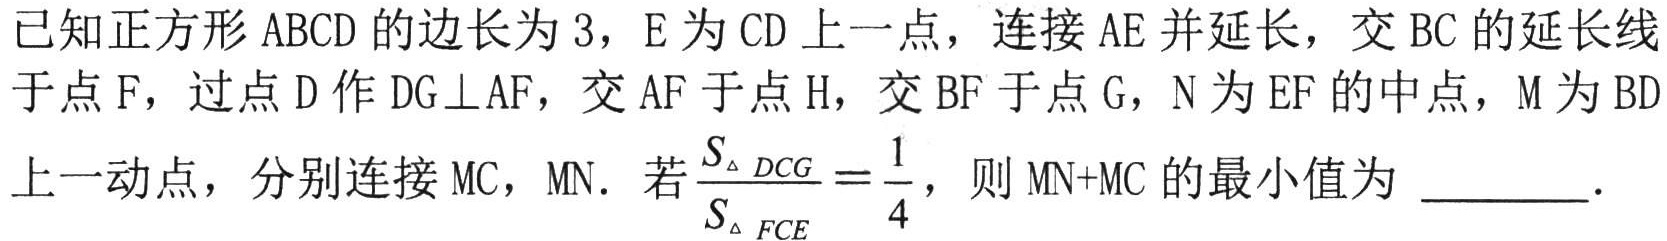
已知正方形 \(ABCD\) 的边长为 \(3\)，\(E\) 为 \(CD\) 上一点，连接 \(AE\) 并延长，交 \(BC\) 的延长线于点 \(F\)，过点 \(D\) 作 \(DG\bot AF\)，交 \(AF\) 于点 \(H\)，交 \(BF\) 于点 \(G\)，\(N\) 为 \(EF\) 的中点，\(M\) 为 \(BD\) 上一动点，分别连接 \(MC\)，\(MN\)．若\(\frac{S_{\triangle DCG}}{S_{\triangle FCE}}=\frac{1}{4}\)，则 \(MN + MC\) 的最小值为 \_\_\_\_\_ ．